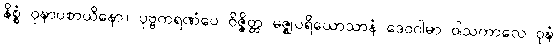
နိစ္စံ ဝုဍ္ဎာပစာယိနော။ ပုဗ္ဗကရဏံပေ ဝိဇ္ဇိတ္ထ မဇ္ဈပရိယောသာနံ ဒေဝဂါမာ ဝါသကာလေ ဝုဍ္ဎံ